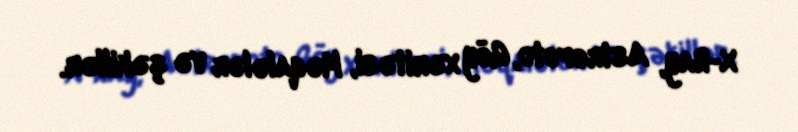
X-Ray, Astrofoto, Göy xəritəsi, Məqalələr və şəkillər.